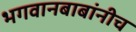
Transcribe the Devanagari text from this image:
भगवानबाबांनीच